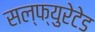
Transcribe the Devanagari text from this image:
सल्फ्युरेटेड